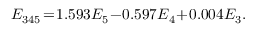
\begin{array} { r } { E _ { 3 4 5 } \! = \! 1 . 5 9 3 E _ { 5 } \! - \! 0 . 5 9 7 E _ { 4 } \! + \! 0 . 0 0 4 E _ { 3 } . } \end{array}